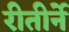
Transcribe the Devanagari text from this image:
रीतीर्ने